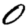
Digit: 0